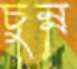
চুন্ন